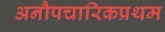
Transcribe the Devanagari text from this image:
अनौपचारिकप्रथम